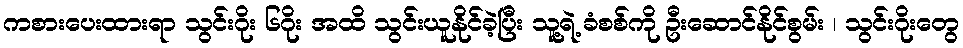
ကစားပေးထားရာ သွင်းဂိုး ၆ဂိုး အထိ သွင်းယူနိုင်ခဲ့ပြီး သူ့ရဲ့ ခံစစ်ကို ဦးဆောင်နိုင်စွမ်း ၊ သွင်းဂိုးတွေ